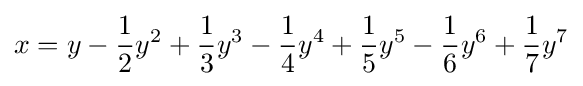
x=y-{\frac {1}{2}}y^{2}+{\frac {1}{3}}y^{3}-{\frac {1}{4}}y^{4}+{\frac {1}{5}}y^{5}-{\frac {1}{6}}y^{6}+{\frac {1}{7}}y^{7}